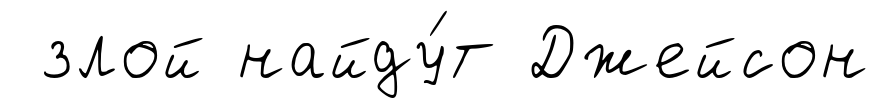
злой найду́т Джейсон